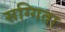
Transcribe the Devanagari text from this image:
सग्गिता